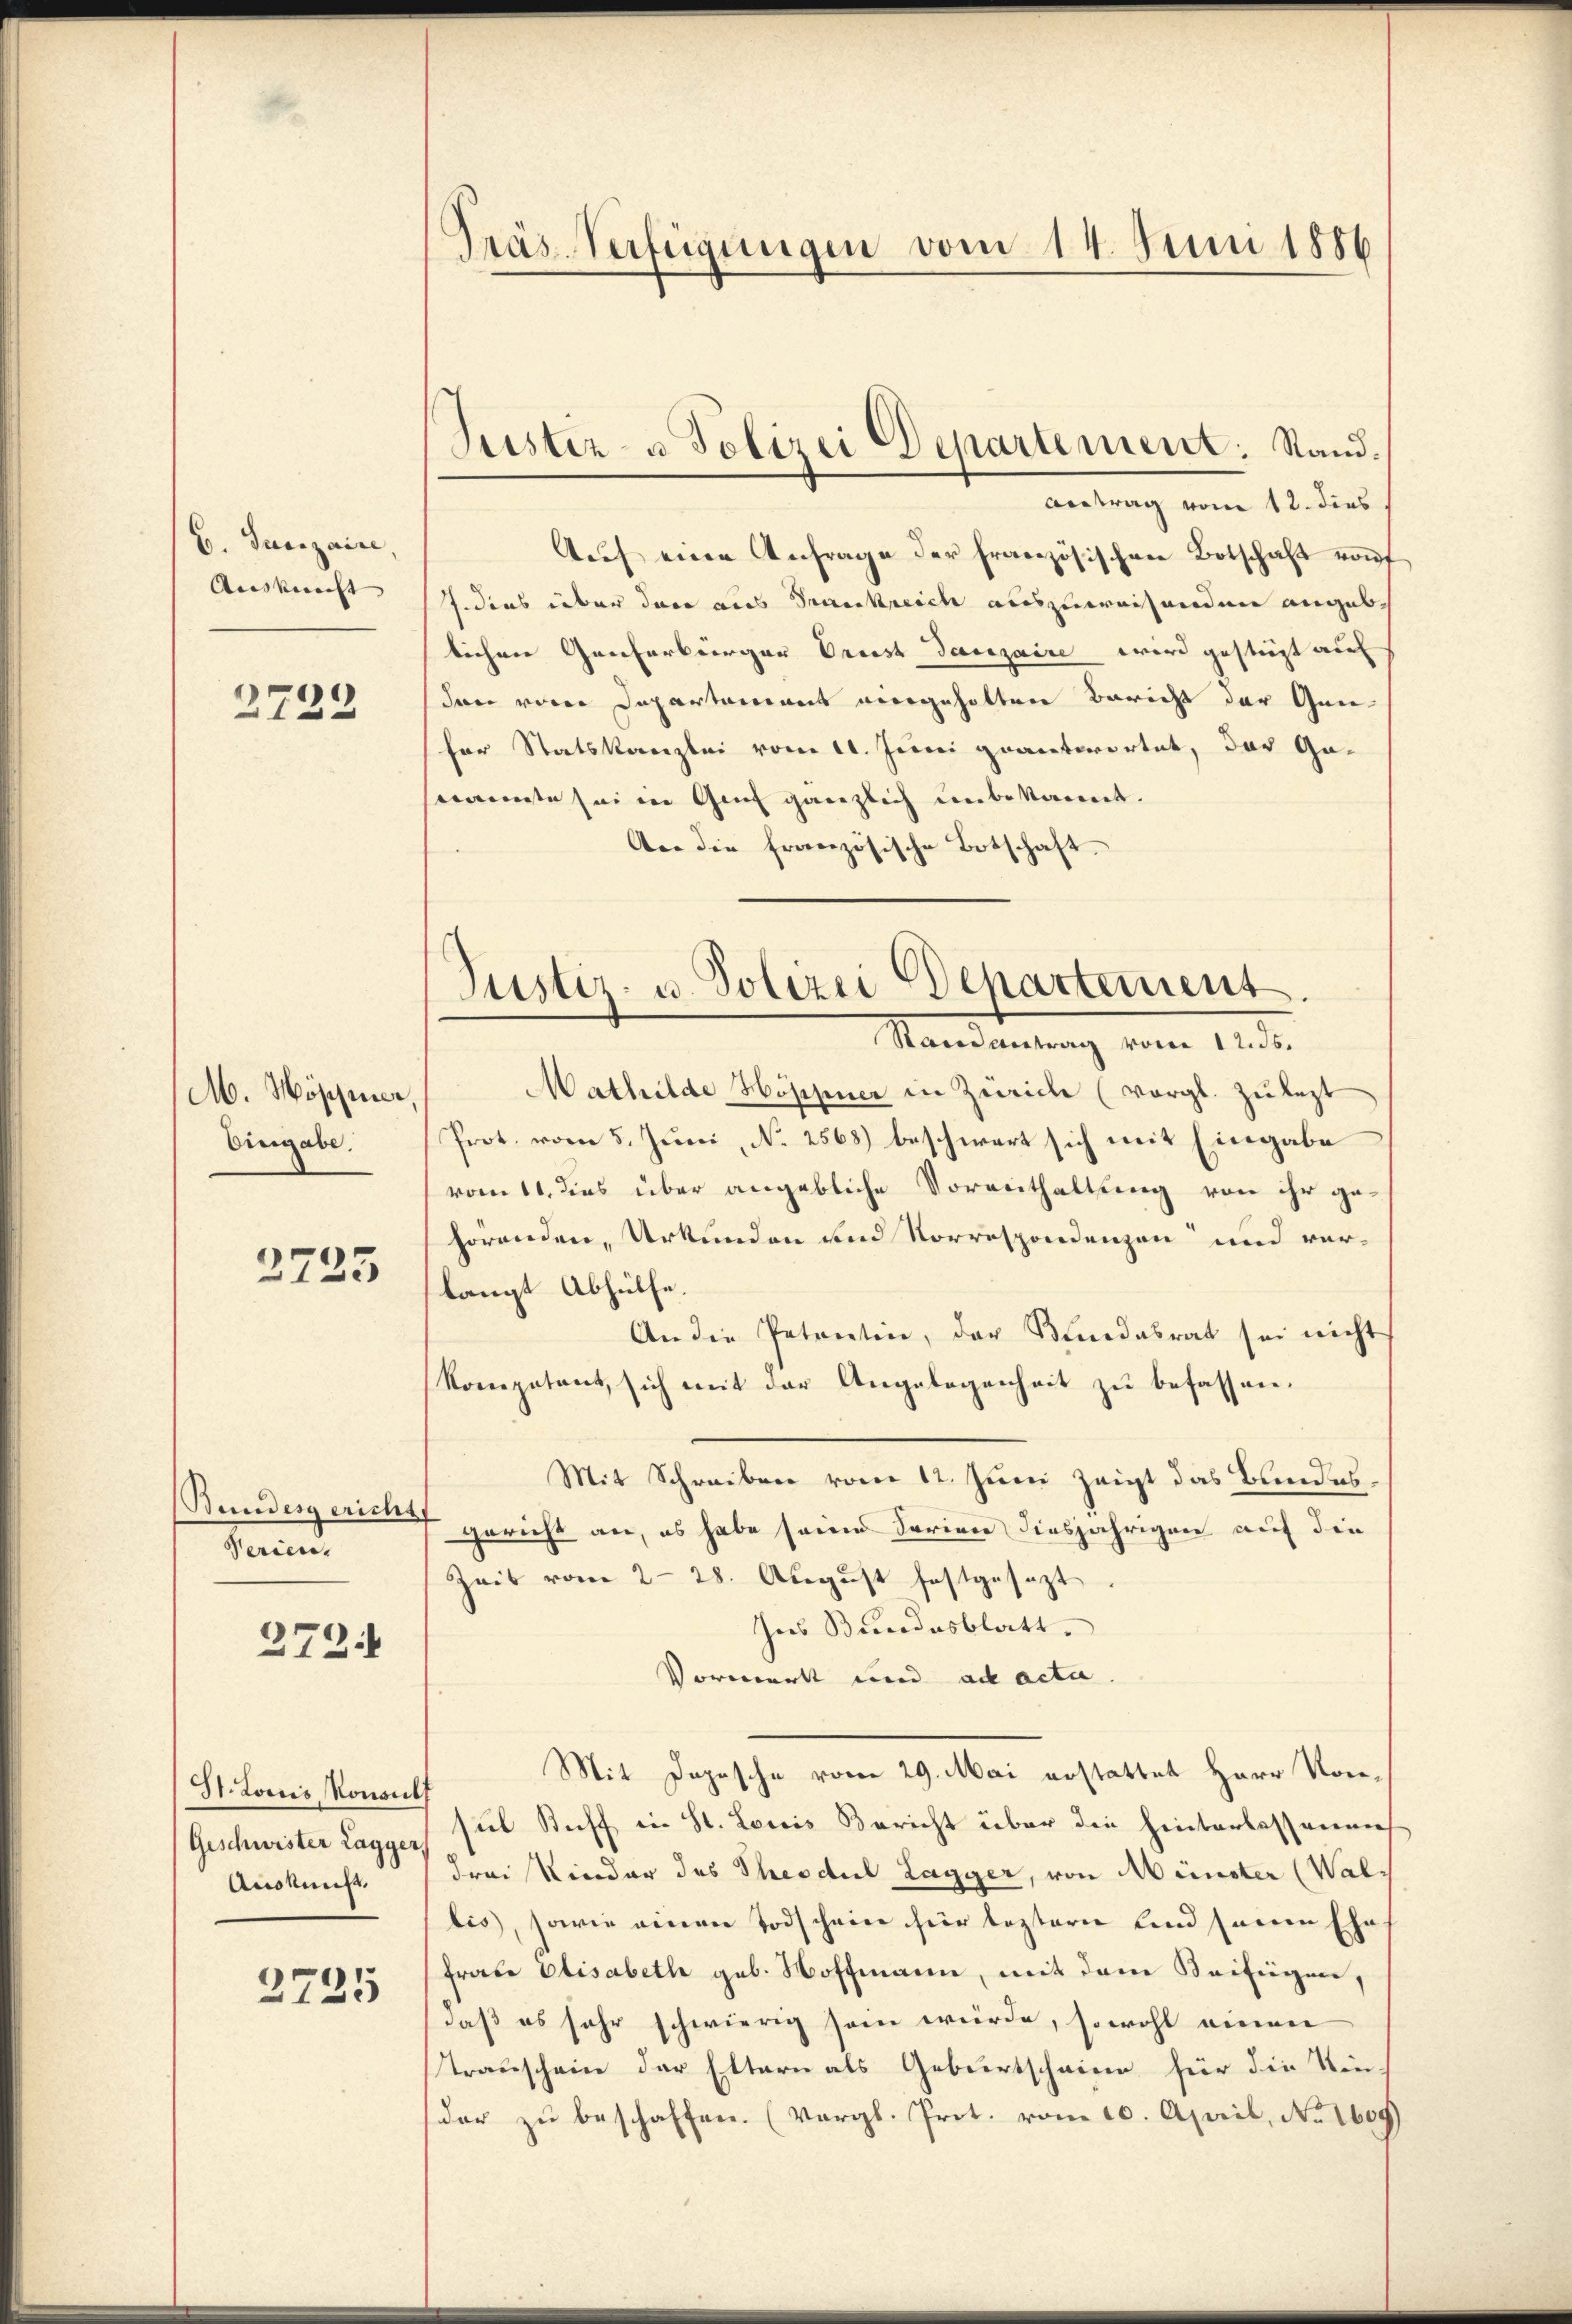
B. Junizaire
Auskunft |

2722

M. Höppier,
Eingabe.

2725

Bundesgericht
Serien.

272.

St. Loris Konsul
Geschwister Lagger
Auskunft

2725

Präs-Verfügungen vom 14. Juni 1886

Suster- u Polizei Departement: Stand.

Antrag vom 12. dies
Auf eine Anfrage der französischen Botschaft vorf
J. dies über dann aus Frankreich auszuweisenden angeblichen Genferbürger Oriest Tanzaire wird gestiegt auf
dann von Departament vergeholten Bericht der Gene-
fer Statskanzlei vom 11. Juni geantwortet, das Ga-
semente sei in Genf gänzlich unbekannt.
An die französische Botschaft.

Justiz- u. Polizei Departement.
Randantrag vom 12. ds.

Mathilde Hoppner in Zürich (vergl. Zulezt
Prot. vom 5. Juni, N. 2568) beschwert sich mit Eingabe
vom 11. dies über angebliche Vorenthaltung von ihr gehörenden, Urkunden und Korrespondenzen und verlangt Abhülfe.
An die Petentin, der Bundesrat sei nicht
kompetent sich mit der Angelegenheit zŭ befassen.
Mit Schreiben vom 12. Juni zeigt das Bundesgericht an, es habe seine Ferien diesjährigen auf die
Zeit vom 228. August festgesezt
Ins Bundesblatt.
Vormerkt und ad acta.
Mit Dapasche vom 29. Mai erstattet Herr Vorsul Stoff in St. Louis Bericht über die hinterlassenens
drei Kinder des Theodul Lagger, von Münster (Wal,
bis), sowie einen Todschein für leztern und seine Ehe
Frabe Elisabeth geb. Hoffmann, mit dem Beifügen,
daß es sehr schwierig sein würde, sowohl einen
Trauschein der Eltern als Geburtschnien für die Kin-
der zŭ beschaffen. (Vergl. Prot. vom 10. April, No 1609)